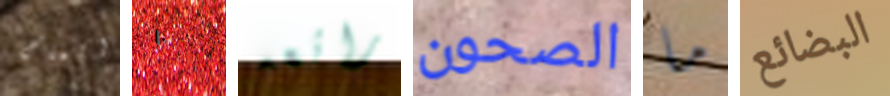
المالح ١٠ رائعه الصحون ما البضائع